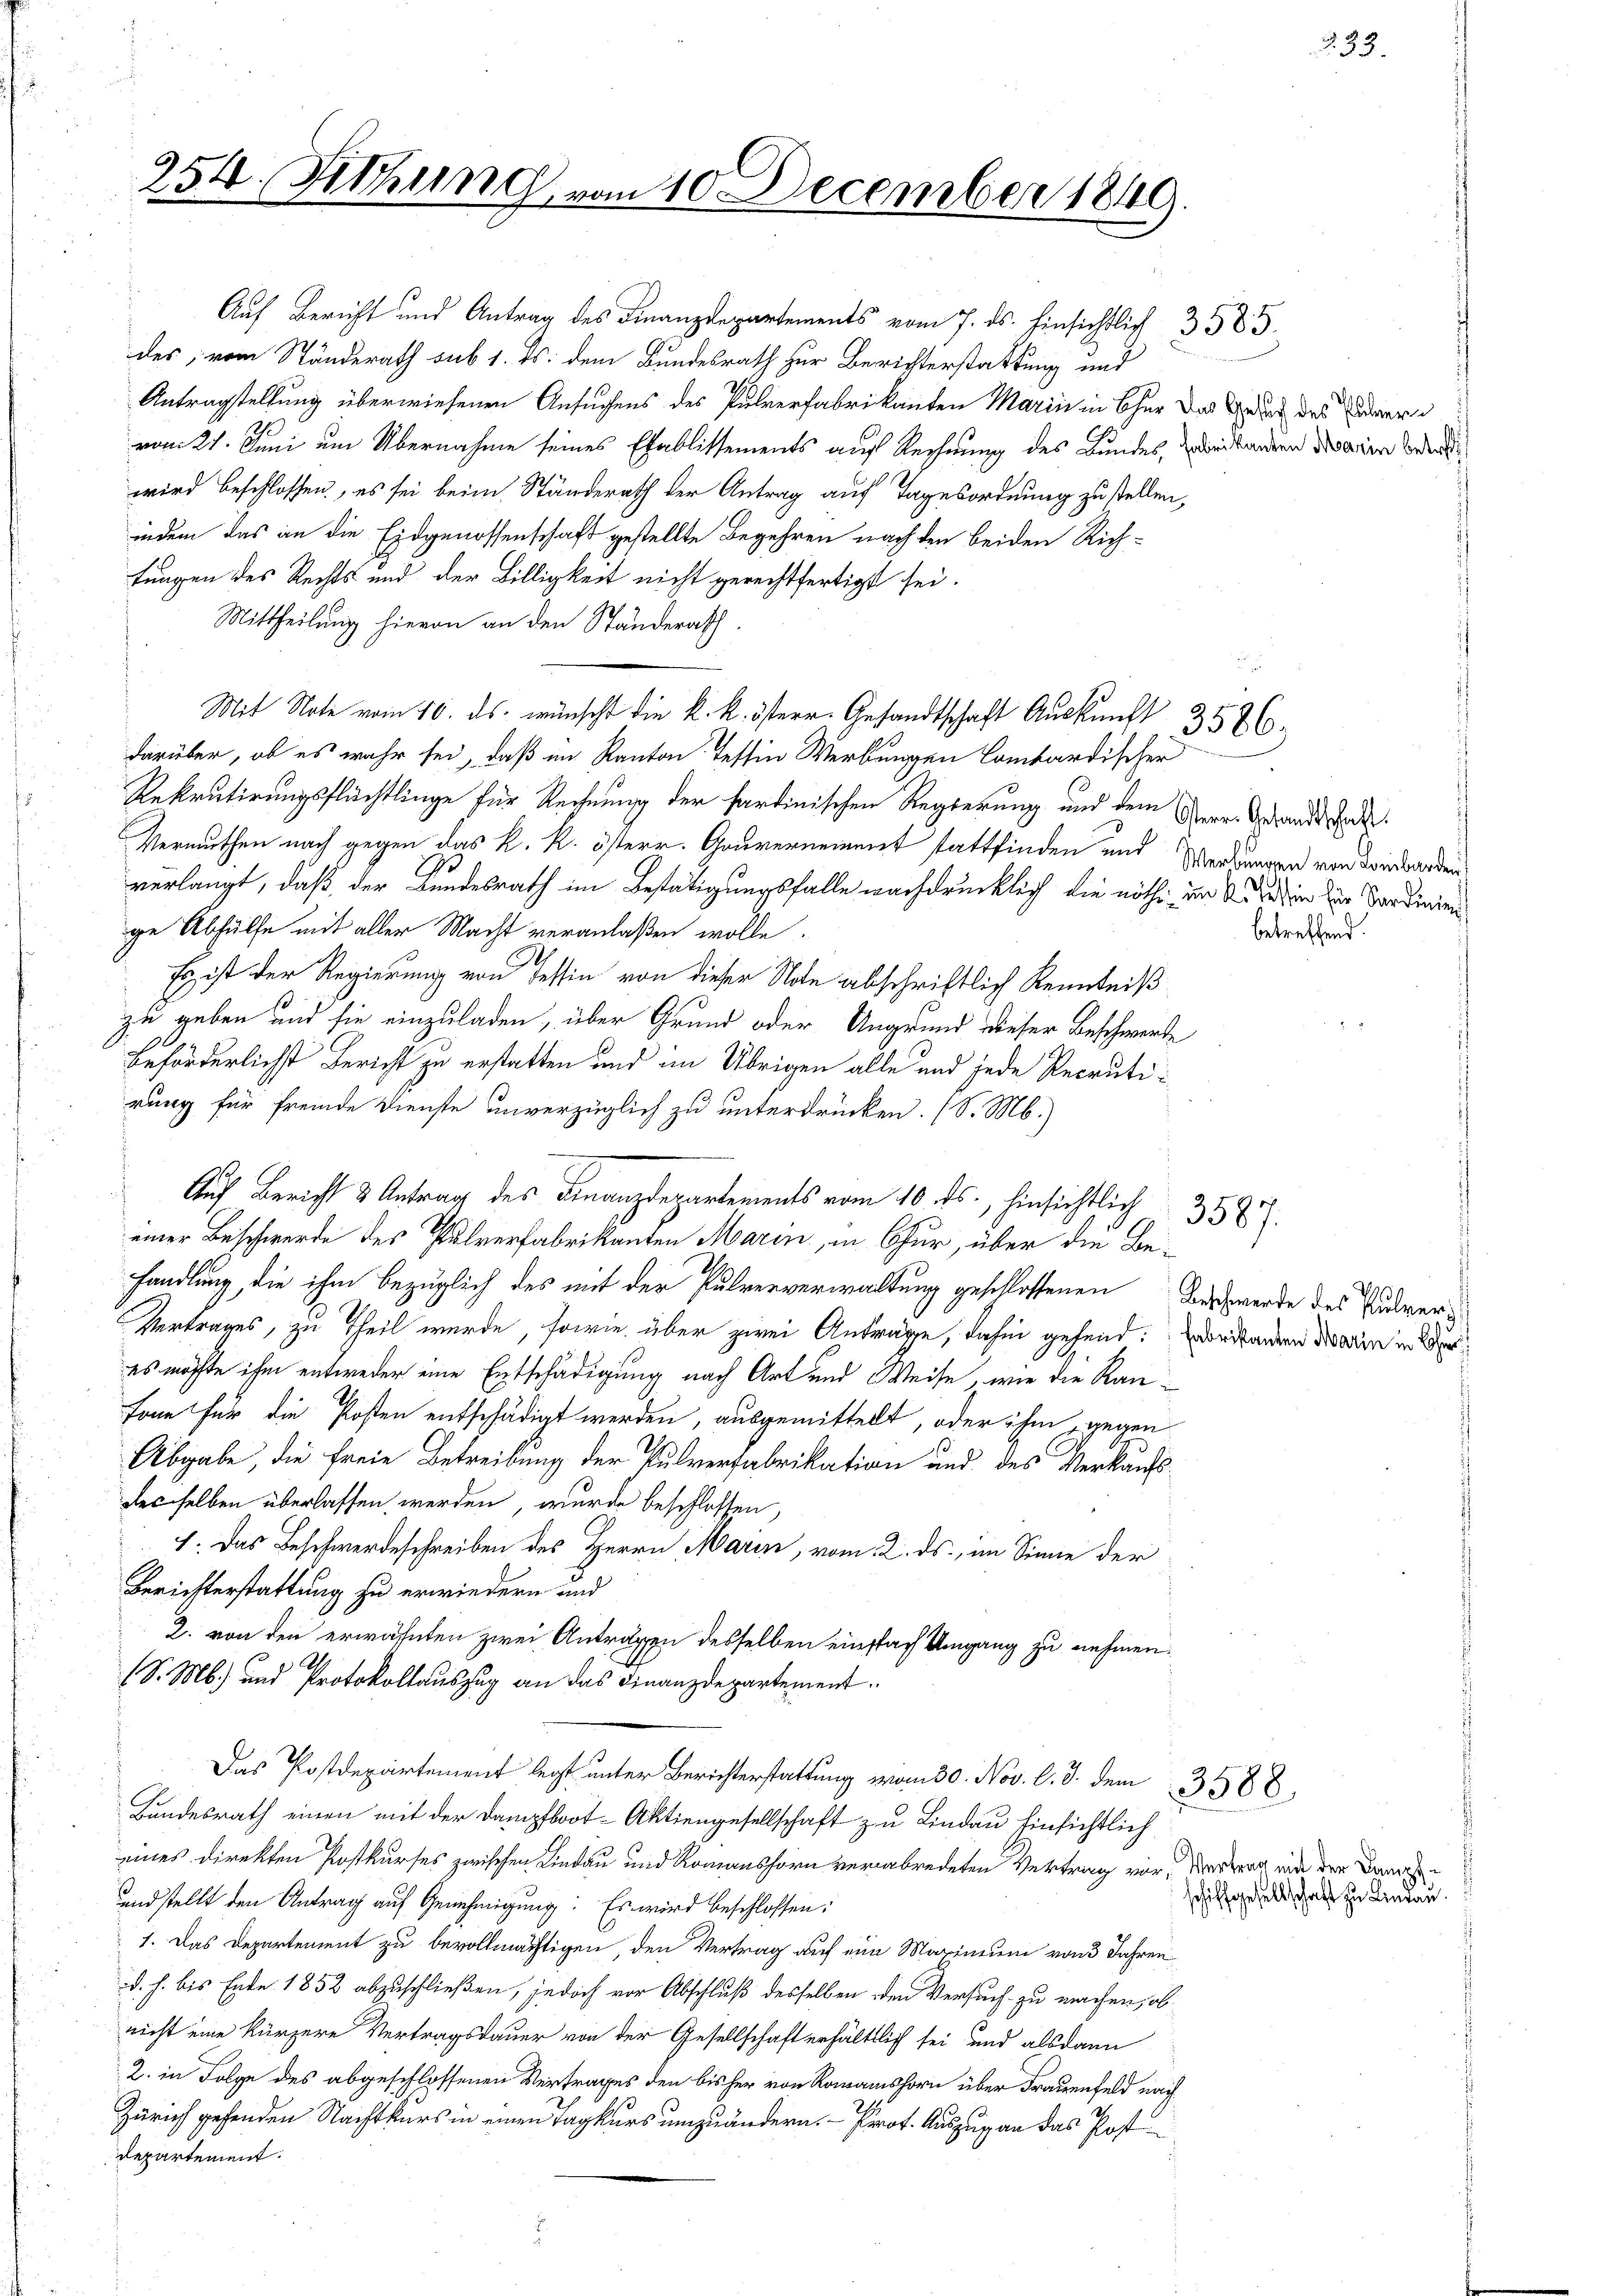
354.

Sithung

Auf Bericht und Antrag des Finanzdepartements vom 7. ds. hinsichtlich 385
des, vom Ständerath sub 1. ds. dem Bundesrath zur Berichterstattung und
Antragstellung überwiesenen Ansuchens des Pulverfabrikanten Marin in Chur das Gedich des ervom 21. Juni um Übernahme seines Etablissements auf Rechnung des Bundes, zweitanden des ein Beden
wird beschlossen, es sei beim Ständerath der Antrag auf Tagesordnung zu stellen,
indem das an die Eidgenossenschaft gestellte Begehren nach den beiden Richtungen des Rechts und der Billigkeit nicht gerechtfertigt sei.
Mittheilung hievon an den Ständerath
Mit Note vom 10. ds. wünscht die k. k. österr. Gesandtschaft Auskunft 35 & 6.
darüber, ob es wahr sei, daß im Kanton Tessin Werbungen Lombardischer
Rekrutirungsflüchtlinge für Rechnung der Partinischen Regierung und dem Verr. Grandt stat¬
Vermuthen nach gegen das k. k. österr. Gouvernement stattfinden und Werbungen von den worden,
verlangt, daß der Kundesrath im Bestätigungsfalle nachdrücklich die nöthig in die hin zur Verdinien
ge Abhülfe mit aller Macht veranlaßen wolle.
Es ist der Regierung von Tessin von dieser Note abschriftlich Kenntniß
zu geben und sie einzuladen, über Grund oder Ungrund dieser Beschwerde
beförderlichst Bericht zu erstatten und im Übrigen alle und jede Recrutirung für fremde Dienste unverzüglich zu unterdrücken. (S. M.)
Auf Bericht & Antrag des Finanzdepartements vom 10. ds., hinsichtlich 359.
einer Beschwerde des Pulverfabrikanten Marin, in Chur, über die Behandlung, die ihm bezüglich des mit der Pulververwaltung geschlossenen Beschwerde des Puder¬
Vertrages, zu Theil wurde, sowie über zwei Antrage, dahin gehend: Vorstanden darin in Bees möchte ihm entweder eine Entschädigung nach Art und Weise, wie die Rau¬
Fone für die Posten entschädigt werden, ausgemittelt, oder ihm gegen
Abgabe, die freie Betreibung der Pulverfabrikation und des Verkaufsdesselben überlassen werden, wurde beschlossen,
I. Das Beschwerdeschreiben des Herrn Marin, vom 2. ds., im Sinne der
Berichterstattung zu erwiedern und
2. von den erwähnten zwei Antragen desselben einfach Umgang zu nehmen.
(S. M. und Protokollauszug an das Finanzdepartement.
Das Postdepartement legt unter Berichterstattung vom 30. Nov. l. J. dem 3588.
Bundesrath einen mit der Dampfboot-Aktiengesellschaft zu Lindau hinsichtlich
eines Direkten Postkurses zwischen Lindau und Romanshorn verabredeten Vertrag vor, Vertrag mit der Damas¬
und stellt den Antrag auf Genehmigung: Es wird beschlossen:
1. Das Departement zu bevollmächtigen, den Vertrag auf ein Maximum von 3 Jahren
d. h. bis Ende 1852 abzuschließen, jedoch vor Abschluß desselben den Versuch zu machen, ob
nicht eine kürzere Vertragsdauer von der Gesellschaft erhältlich sei und alsdann
2. in Folge des abgeschlossenen Vertrages den bisher von Romanshorn über Frauenfeld nach
Zürich gehenden Nachtkurs in einen Tagkurs umzuändern. Prot. Auszug an das Postdepartement.

am 10 December 1840.

betreffend.

schiffgesellschaft zu Lindau.

233.